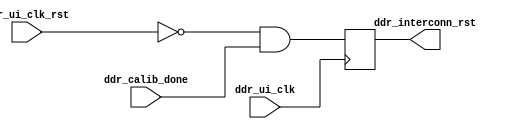
// This program was cloned from: https://github.com/ustb-owl/Uranus
// License: GNU General Public License v3.0

`timescale 1ns / 1ps

module ResetGenerator(
    input ddr_ui_clk,
    input ddr_ui_clk_rst,   // active high
    input ddr_calib_done,   // high after DDR calibration
    output reg ddr_interconn_rst
);

    always @(posedge ddr_ui_clk) begin
        ddr_interconn_rst <= ~ddr_ui_clk_rst && ddr_calib_done;
    end

endmodule // ResetGenerator